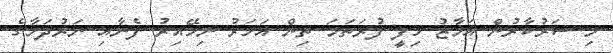
މި ސަރުކާރުން އަމާޒު ހިފީ ފުރަތަމަ ތިން އަހަރު ނިމޭއިރު ފެނާއި ނަރުދަމާގެ